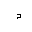
Letter: _dal